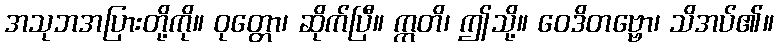
အသုဘအပြားတို့ကို။ ဝုတ္တော၊ ဆိုက်ပြီ။ ဣတိ၊ ဤသို့။ ဝေဒိတဗ္ဗော၊ သိအပ်၏။